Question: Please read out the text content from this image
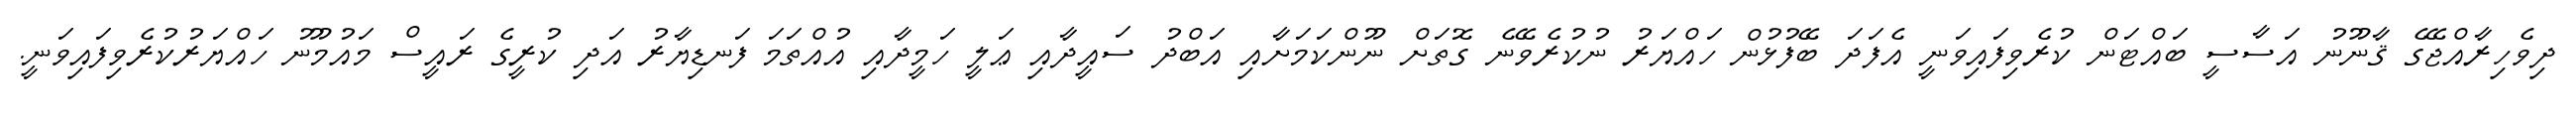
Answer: ދިވެހިރާއްޖޭގެ ޤާނޫނު އަސާސީ ބައްޓަން ކުރެވިފައިވަނީ އެފަދަ ބޭފުޅުން ހައްޔަރު ނުކުރެވޭނެ ގޮތަށް ނޫންކަމަށާއި އަބްދު ސައީދާއި ޢަލީ ހަމީދާއި އުއްތަމަ ފަނޑިޔާރު އަދި ކުރީގެ ރައީސް މައުމޫނު ހައްޔަރުކުރެވިފައިވަނީ.